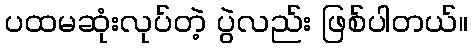
ပထမဆုံးလုပ်တဲ့ ပွဲလည်း ဖြစ်ပါတယ်။